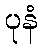
ပုနံ